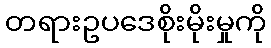
တရားဥပဒေစိုးမိုးမှုကို